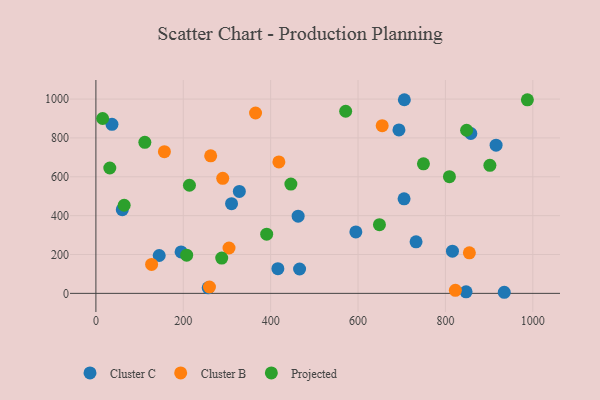
{"axis": {"x": "Distance", "y": "Salary"}, "legend": ["Cluster B", "Cluster C", "Projected"], "data": [{"x": "60.4", "y": 430.8, "type": "Cluster C"}, {"x": "310.5", "y": 461.8, "type": "Cluster C"}, {"x": "705.4", "y": 486.4, "type": "Cluster C"}, {"x": "462.9", "y": 397.5, "type": "Cluster C"}, {"x": "36.8", "y": 870.1, "type": "Cluster C"}, {"x": "195.0", "y": 213.3, "type": "Cluster C"}, {"x": "328.3", "y": 524.9, "type": "Cluster C"}, {"x": "257.0", "y": 28.6, "type": "Cluster C"}, {"x": "595.0", "y": 316.1, "type": "Cluster C"}, {"x": "847.3", "y": 7.8, "type": "Cluster C"}, {"x": "416.5", "y": 126.9, "type": "Cluster C"}, {"x": "916.0", "y": 762.9, "type": "Cluster C"}, {"x": "693.6", "y": 841.3, "type": "Cluster C"}, {"x": "732.8", "y": 265.1, "type": "Cluster C"}, {"x": "466.2", "y": 125.5, "type": "Cluster C"}, {"x": "858.2", "y": 822.9, "type": "Cluster C"}, {"x": "144.9", "y": 194.8, "type": "Cluster C"}, {"x": "706.0", "y": 996.7, "type": "Cluster C"}, {"x": "934.7", "y": 5.6, "type": "Cluster C"}, {"x": "816.1", "y": 217.0, "type": "Cluster C"}, {"x": "127.5", "y": 149.1, "type": "Cluster B"}, {"x": "655.3", "y": 863.2, "type": "Cluster B"}, {"x": "290.3", "y": 592.0, "type": "Cluster B"}, {"x": "822.8", "y": 15.5, "type": "Cluster B"}, {"x": "854.8", "y": 208.8, "type": "Cluster B"}, {"x": "365.4", "y": 928.4, "type": "Cluster B"}, {"x": "156.8", "y": 729.3, "type": "Cluster B"}, {"x": "418.8", "y": 676.6, "type": "Cluster B"}, {"x": "262.7", "y": 707.8, "type": "Cluster B"}, {"x": "259.9", "y": 32.7, "type": "Cluster B"}, {"x": "304.7", "y": 233.4, "type": "Cluster B"}, {"x": "64.7", "y": 453.5, "type": "Projected"}, {"x": "987.6", "y": 996.0, "type": "Projected"}, {"x": "31.8", "y": 645.2, "type": "Projected"}, {"x": "207.8", "y": 196.7, "type": "Projected"}, {"x": "446.3", "y": 562.7, "type": "Projected"}, {"x": "214.1", "y": 556.6, "type": "Projected"}, {"x": "901.8", "y": 659.0, "type": "Projected"}, {"x": "649.0", "y": 353.4, "type": "Projected"}, {"x": "390.9", "y": 304.9, "type": "Projected"}, {"x": "848.5", "y": 839.7, "type": "Projected"}, {"x": "15.4", "y": 900.1, "type": "Projected"}, {"x": "112.0", "y": 777.3, "type": "Projected"}, {"x": "571.7", "y": 937.5, "type": "Projected"}, {"x": "288.0", "y": 181.4, "type": "Projected"}, {"x": "809.2", "y": 600.4, "type": "Projected"}, {"x": "749.7", "y": 666.6, "type": "Projected"}]}